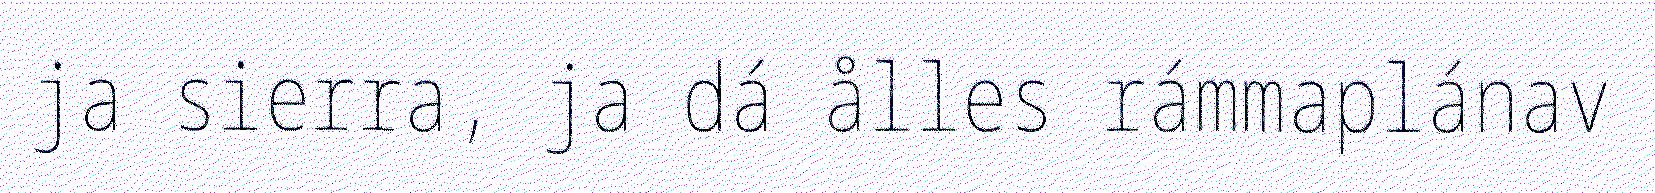
ja sierra, ja dá ålles rámmaplánav